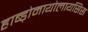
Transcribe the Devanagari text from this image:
हाब्ड़ोमायोलायसिस